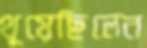
থুয়েছিলেন